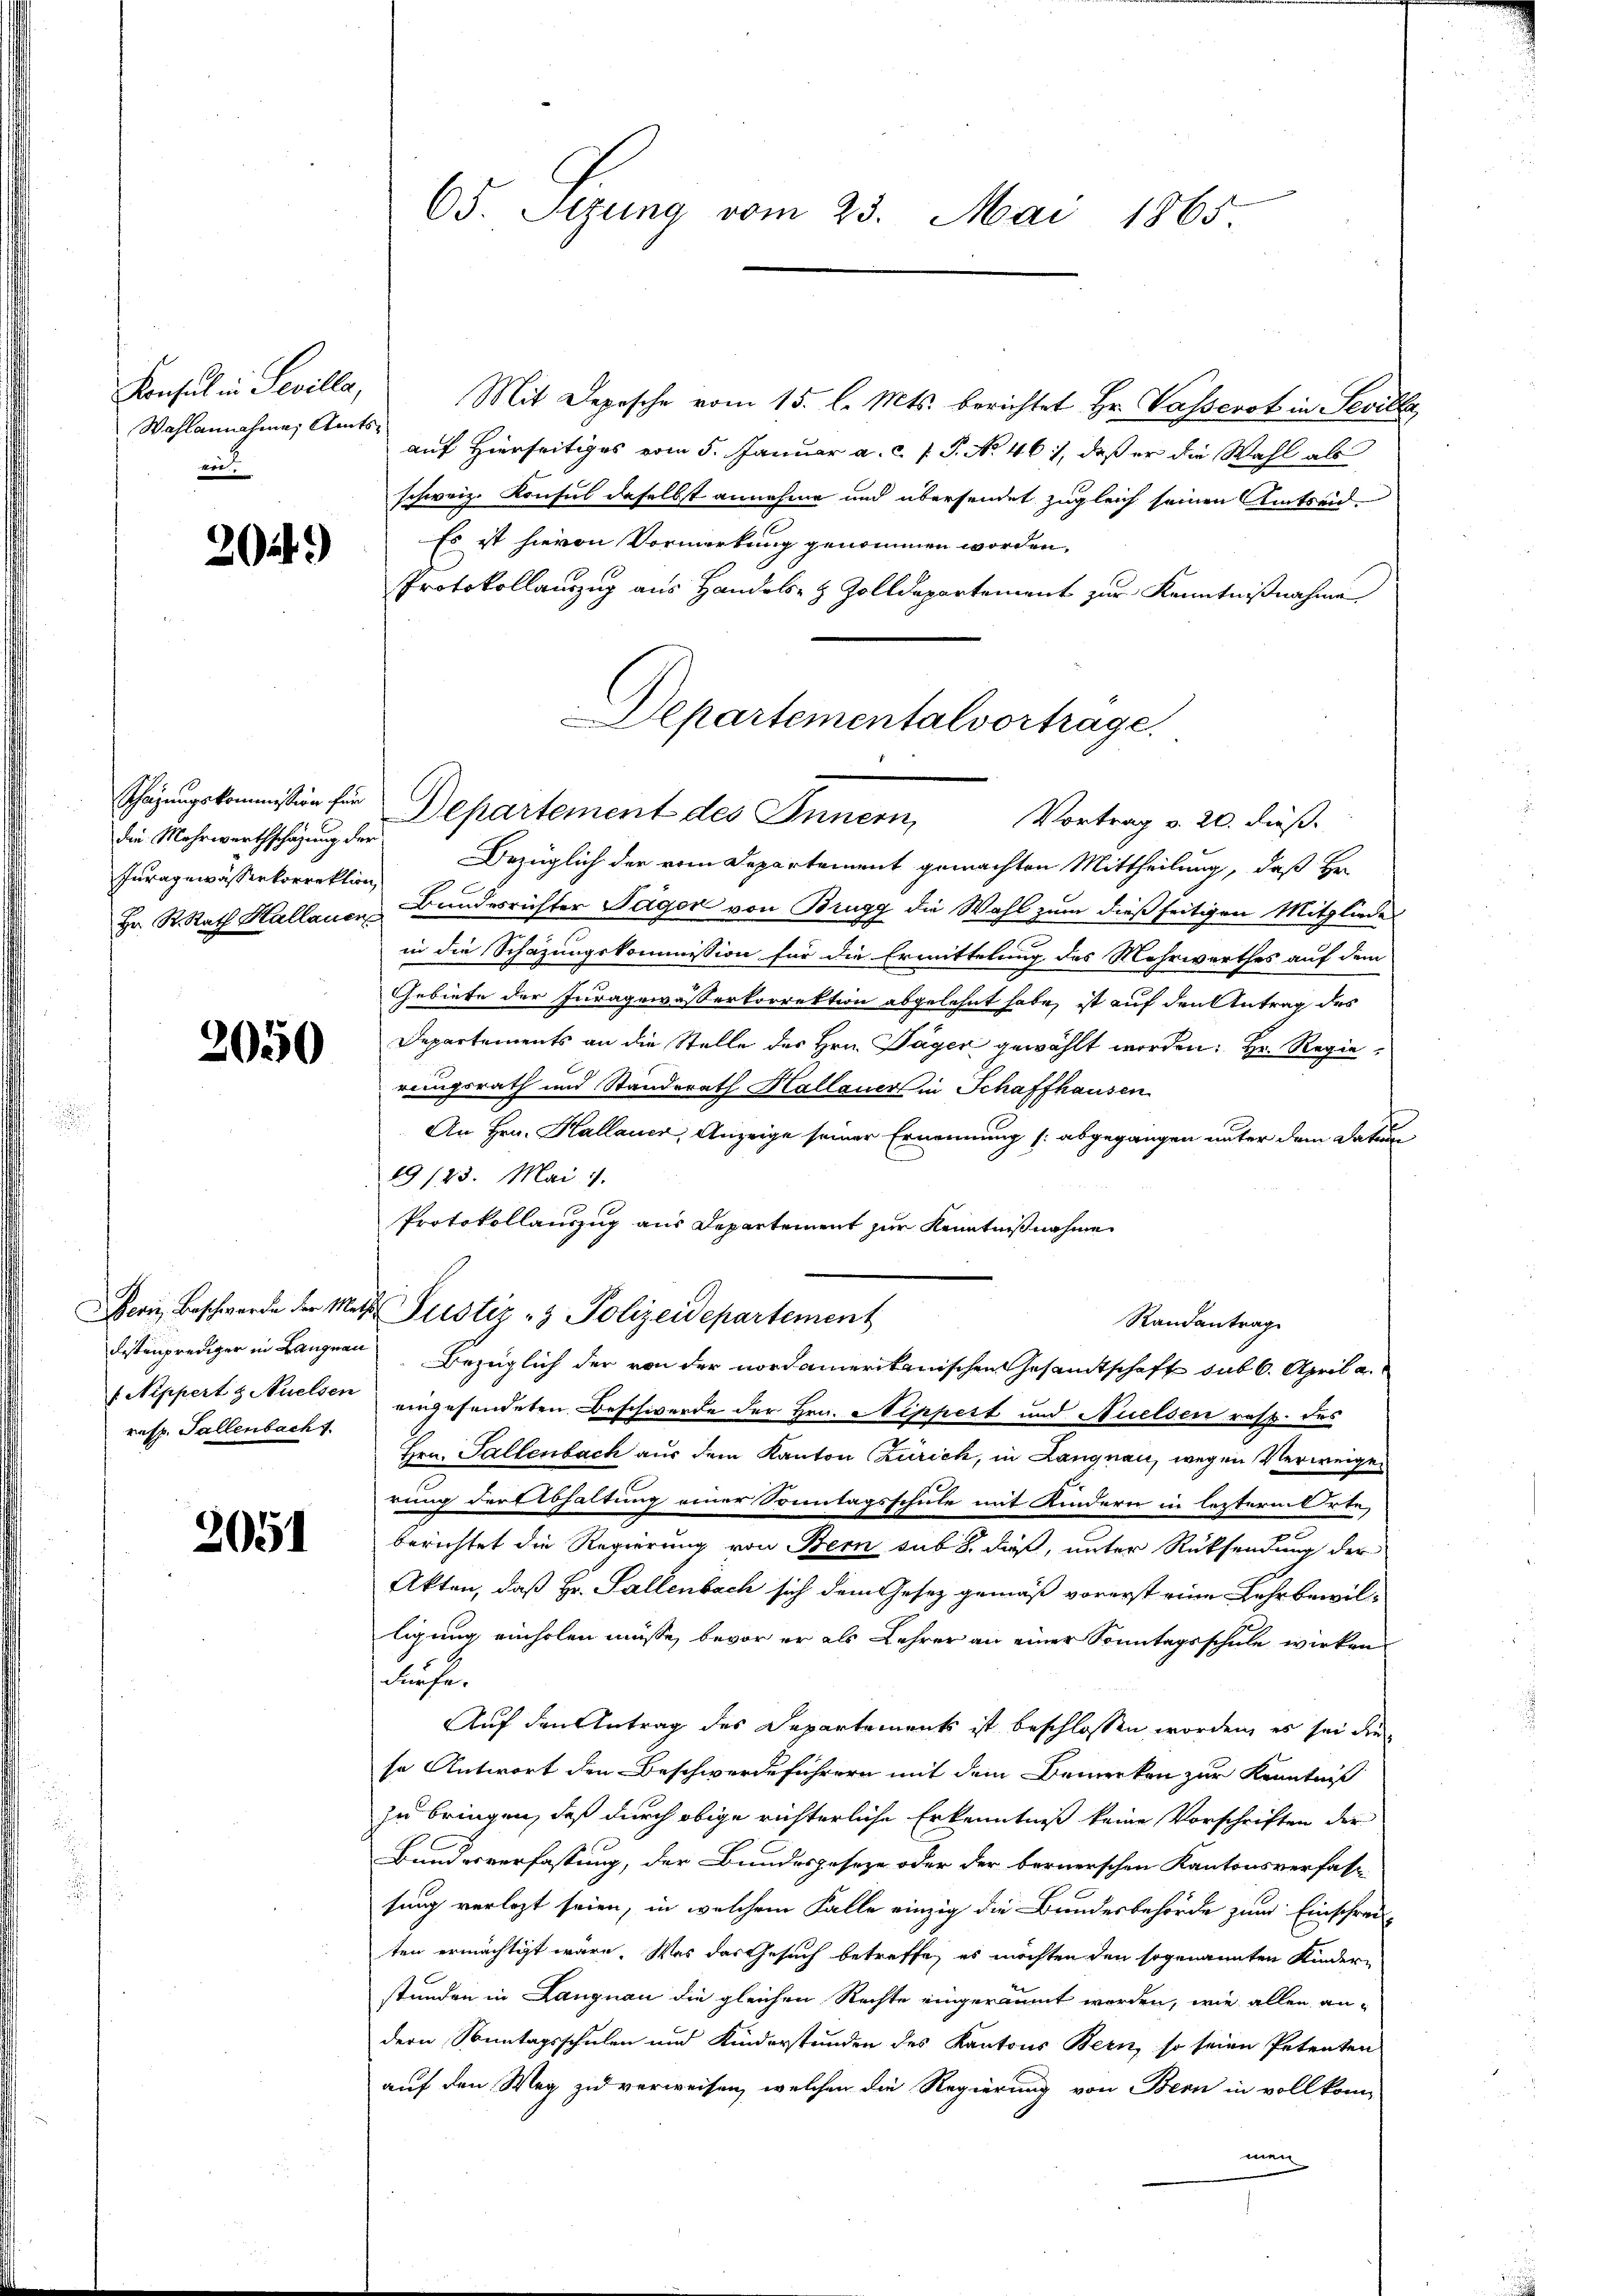
Konsul in Sevilla,
Wahlannahme, Amtsber

2024)

die Mehrwerthschazung der
Iuragewässerkorrektion,

2050

resp. Fallenbach 1.

205

Mit Deposche vom 15. l. Mts. berichtet Hr. Passerst in Seville
auf Hierseitiges vom 5. Januar a. c. s. S. No. 46, daß er die Wahl als
schweiz. Konsul daselbst annehme und übersendet zugleich seinen Amtseid-
Es ist hievon Vormerkung genommen worden.
Protokollauszug aus Handels- & Zolldepartement zur Kenntnißnahme
Schazungskommissär für Departement des Innern, Vortrag v. 20. dieß.
Bezüglich der vom Departement gemachten Mittheilung, daß Hr.
Fr. R. Rath Hallauen Bundesrichter Jäger von Brugg die Wahl zum dießseitigen Mitgliede
in die Schazungskommission für die Ermittelung des Mehrwerthes auf dem
Gebiete der Juragowässerkorrektion abgelehnt habe, ist auf den Antrag des
Departements an die Stelle des Hrn. Täger gewählt worden: Hr. Regierungsrath und Standerath Hallauer in Schaffhausen
An Hrn. Kallauer, Anzeige seiner Ernennung (abgegangen unter dem Datu
19/23. Mai 1
Protokollauszug aus Departement zur Kenntnißnahme
eri, Beschwerde der Mathe Sistiz & Polizeidepartement
Randantrag
Listenprediger in Langnau. Bezüglich der von der nordamerikanischen Gesamtschaft sub 6. April a.
( Nippert z Mulsen eingesandeten Beschwerde der Hrn. Sippert und Nuelsen resp. des
Hrn. Fallenbach aus dem Kanton Zürich, in Langnau, wegen Verweige
rung der Abhaltung einer Sonntagsschule mit Kindern in lezterm Orte,
berichtet die Regierung von Bern sub 8. dieß, unter Rücksendung der
Akten, daß Hr. Sallenbach sich dem Gesez gemäß vorerst eine Lehrbewilligung einholen müsse, bevor er als Lehrer an einer Sonntagsschule wirken
dürfe.
Auf den Antrag des Departements ist beschlossen worden, es sei die
se Antwort den Beschwerdeführern mit dem Bemerken zur Kenntniß
zu bringen, daß durch obige richterliche Erkenntniß keine Vorschriften der
Bundesverfassung, der Bundesgeseze oder der bernerschen Kantonsverfass
sung verlegt seien, in welchem Falle einzig die Bundesbehörde zum Einschrei-
ten ermächtigt wäre. Was das Gesuch betreffe, es möchten den sogenannten Kindere
stunden in Langnau die gleichen Rechte eingeräumt worden, wie allen an-
dern Sonntagsschulen und Kinderstunden des Kantons Bern, so seien Petenten
auf den Weg zu verweisen, welchen die Regierung von Bern in vollkom-
men

65. Segung vom 23. Mai 1865.

Departementalvortrage.